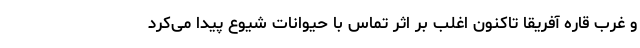
و غرب قاره آفریقا تاکنون اغلب بر اثر تماس با حیوانات شیوع پیدا می‌کرد